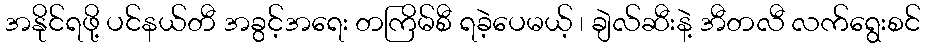
အနိုင်ရဖို့ ပင်နယ်တီ အခွင့်အရေး တကြိမ်စီ ရခဲ့ပေမယ့် ၊ ချဲလ်ဆီးနဲ့ အီတလီ လက်ရွေးစင်